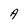
Character: A